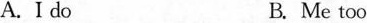
A. I do B. Me too